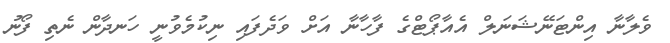
ވެލާނާ އިންޓަނޭޝަނަލް އެއާޕޯޓްގެ ފާހާނާ އަށް ވަދެފައި ނިކުމެވުނީ ހަނދާން ނެތި ފޯނު